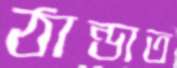
ঠান্ডাত